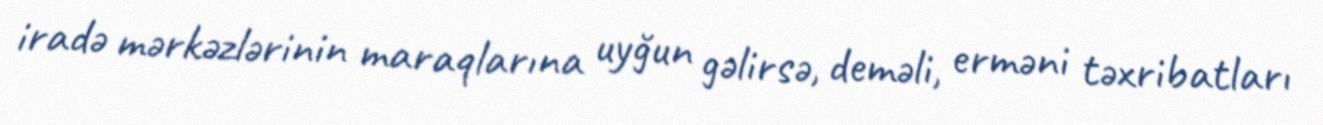
iradə mərkəzlərinin maraqlarına uyğun gəlirsə, deməli, erməni təxribatları